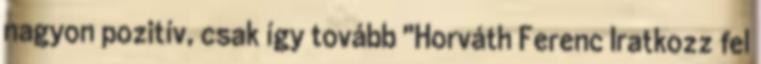
nagyon pozitív, csak így tovább "Horváth Ferenc Iratkozz fel